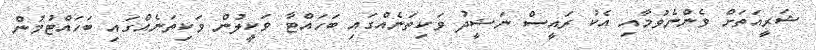
ޝަރީއަތަށް ވެންނެވުމާއި އެކު ރައީސް ނަޝީދު ވަކިތަނެއްގައި ބަހައްޓާ ވަކީލުން ވަކިތަނެއްގައި ބަހައްޓުމުން